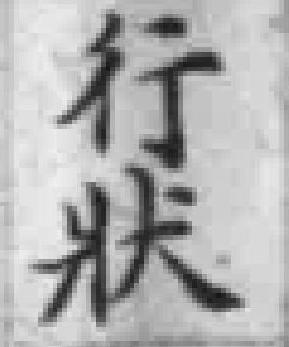
行狀